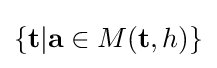
\{\mathbf {t} |\mathbf {a} \in M(\mathbf {t} ,h)\}